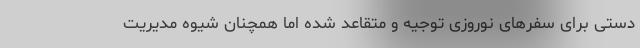
دستی برای سفرهای نوروزی توجیه و متقاعد شده اما همچنان شیوه مدیریت